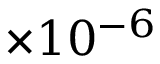
\times 1 0 ^ { - 6 }